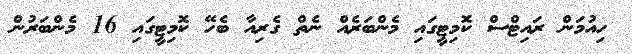
ހިއުމަން ރައިޓްސް ކޮމިޓީގައި މެންބަރެއް ނެތް ގެރިއާ ބެހޭ ކޮމިޓީގައި 16 މެންބަރުން